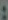
: